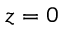
z = 0